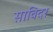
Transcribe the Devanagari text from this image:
साविदर